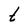
Character: t